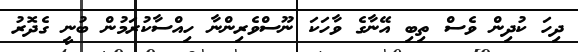
ދިހަ ކުދިން ވެސް ތިބި އޭނާގެ ވާހަކަ ނޫސްވެރިންނާ ހިއްސާކުރަމުން ބުނީ ގެދޮރު